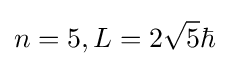
n=5,L=2{\sqrt {5}}\hbar